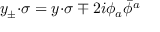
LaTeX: y _ { \pm } { \cdot \sigma } = y { \cdot \sigma } \mp 2 i \phi _ { a } \bar { \phi } { } ^ { a }